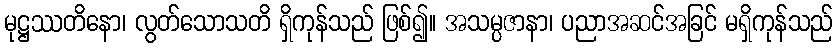
မုဋ္ဌဿတိနော၊ လွတ်သောသတိ ရှိကုန်သည် ဖြစ်၍။ အသမ္ပဇာနာ၊ ပညာအဆင်အခြင် မရှိကုန်သည်